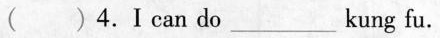
( )4.I cando_____kung fu.